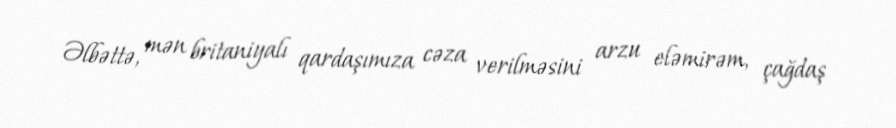
Əlbəttə, mən britaniyalı qardaşımıza cəza verilməsini arzu eləmirəm, çağdaş